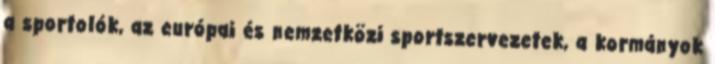
a sportolók, az európai és nemzetközi sportszervezetek, a kormányok